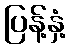
ပြန့်နှံ့